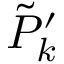
\tilde { P } _ { k } ^ { \prime }